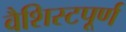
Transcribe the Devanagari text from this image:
वैशिस्टपूर्ण